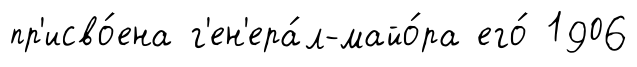
пр'исво́ена г'ен'ера́л-майо́ра его́ 1906